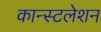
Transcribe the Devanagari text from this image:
कान्स्टलेशन